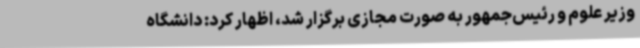
وزیر علوم و رئیس‌جمهور به صورت مجازی برگزار شد، اظهار کرد: دانشگاه